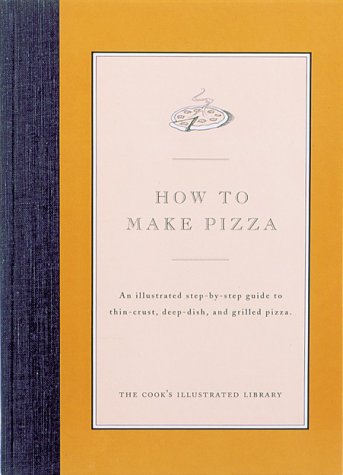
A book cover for How to Make Pizza; Cook's Illustrated Magazine; Cookbooks, Food & Wine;